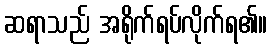
ဆရာသည် အရိုက်ရပ်လိုက်ရ၏။